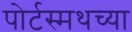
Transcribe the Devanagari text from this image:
पोर्टस्मथच्या